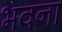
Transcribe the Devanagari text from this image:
भवना